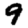
Digit: 9